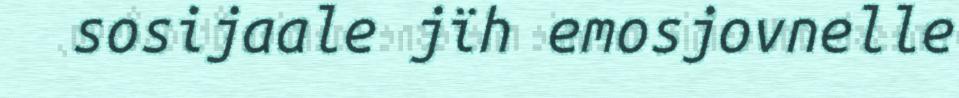
sosijaale jïh emosjovnelle